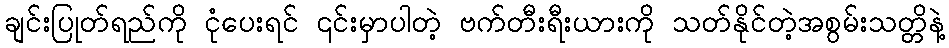
ချင်းပြုတ်ရည်ကို ငုံပေးရင် ၎င်းမှာပါတဲ့ ဗက်တီးရီးယားကို သတ်နိုင်တဲ့အစွမ်းသတ္တိနဲ့